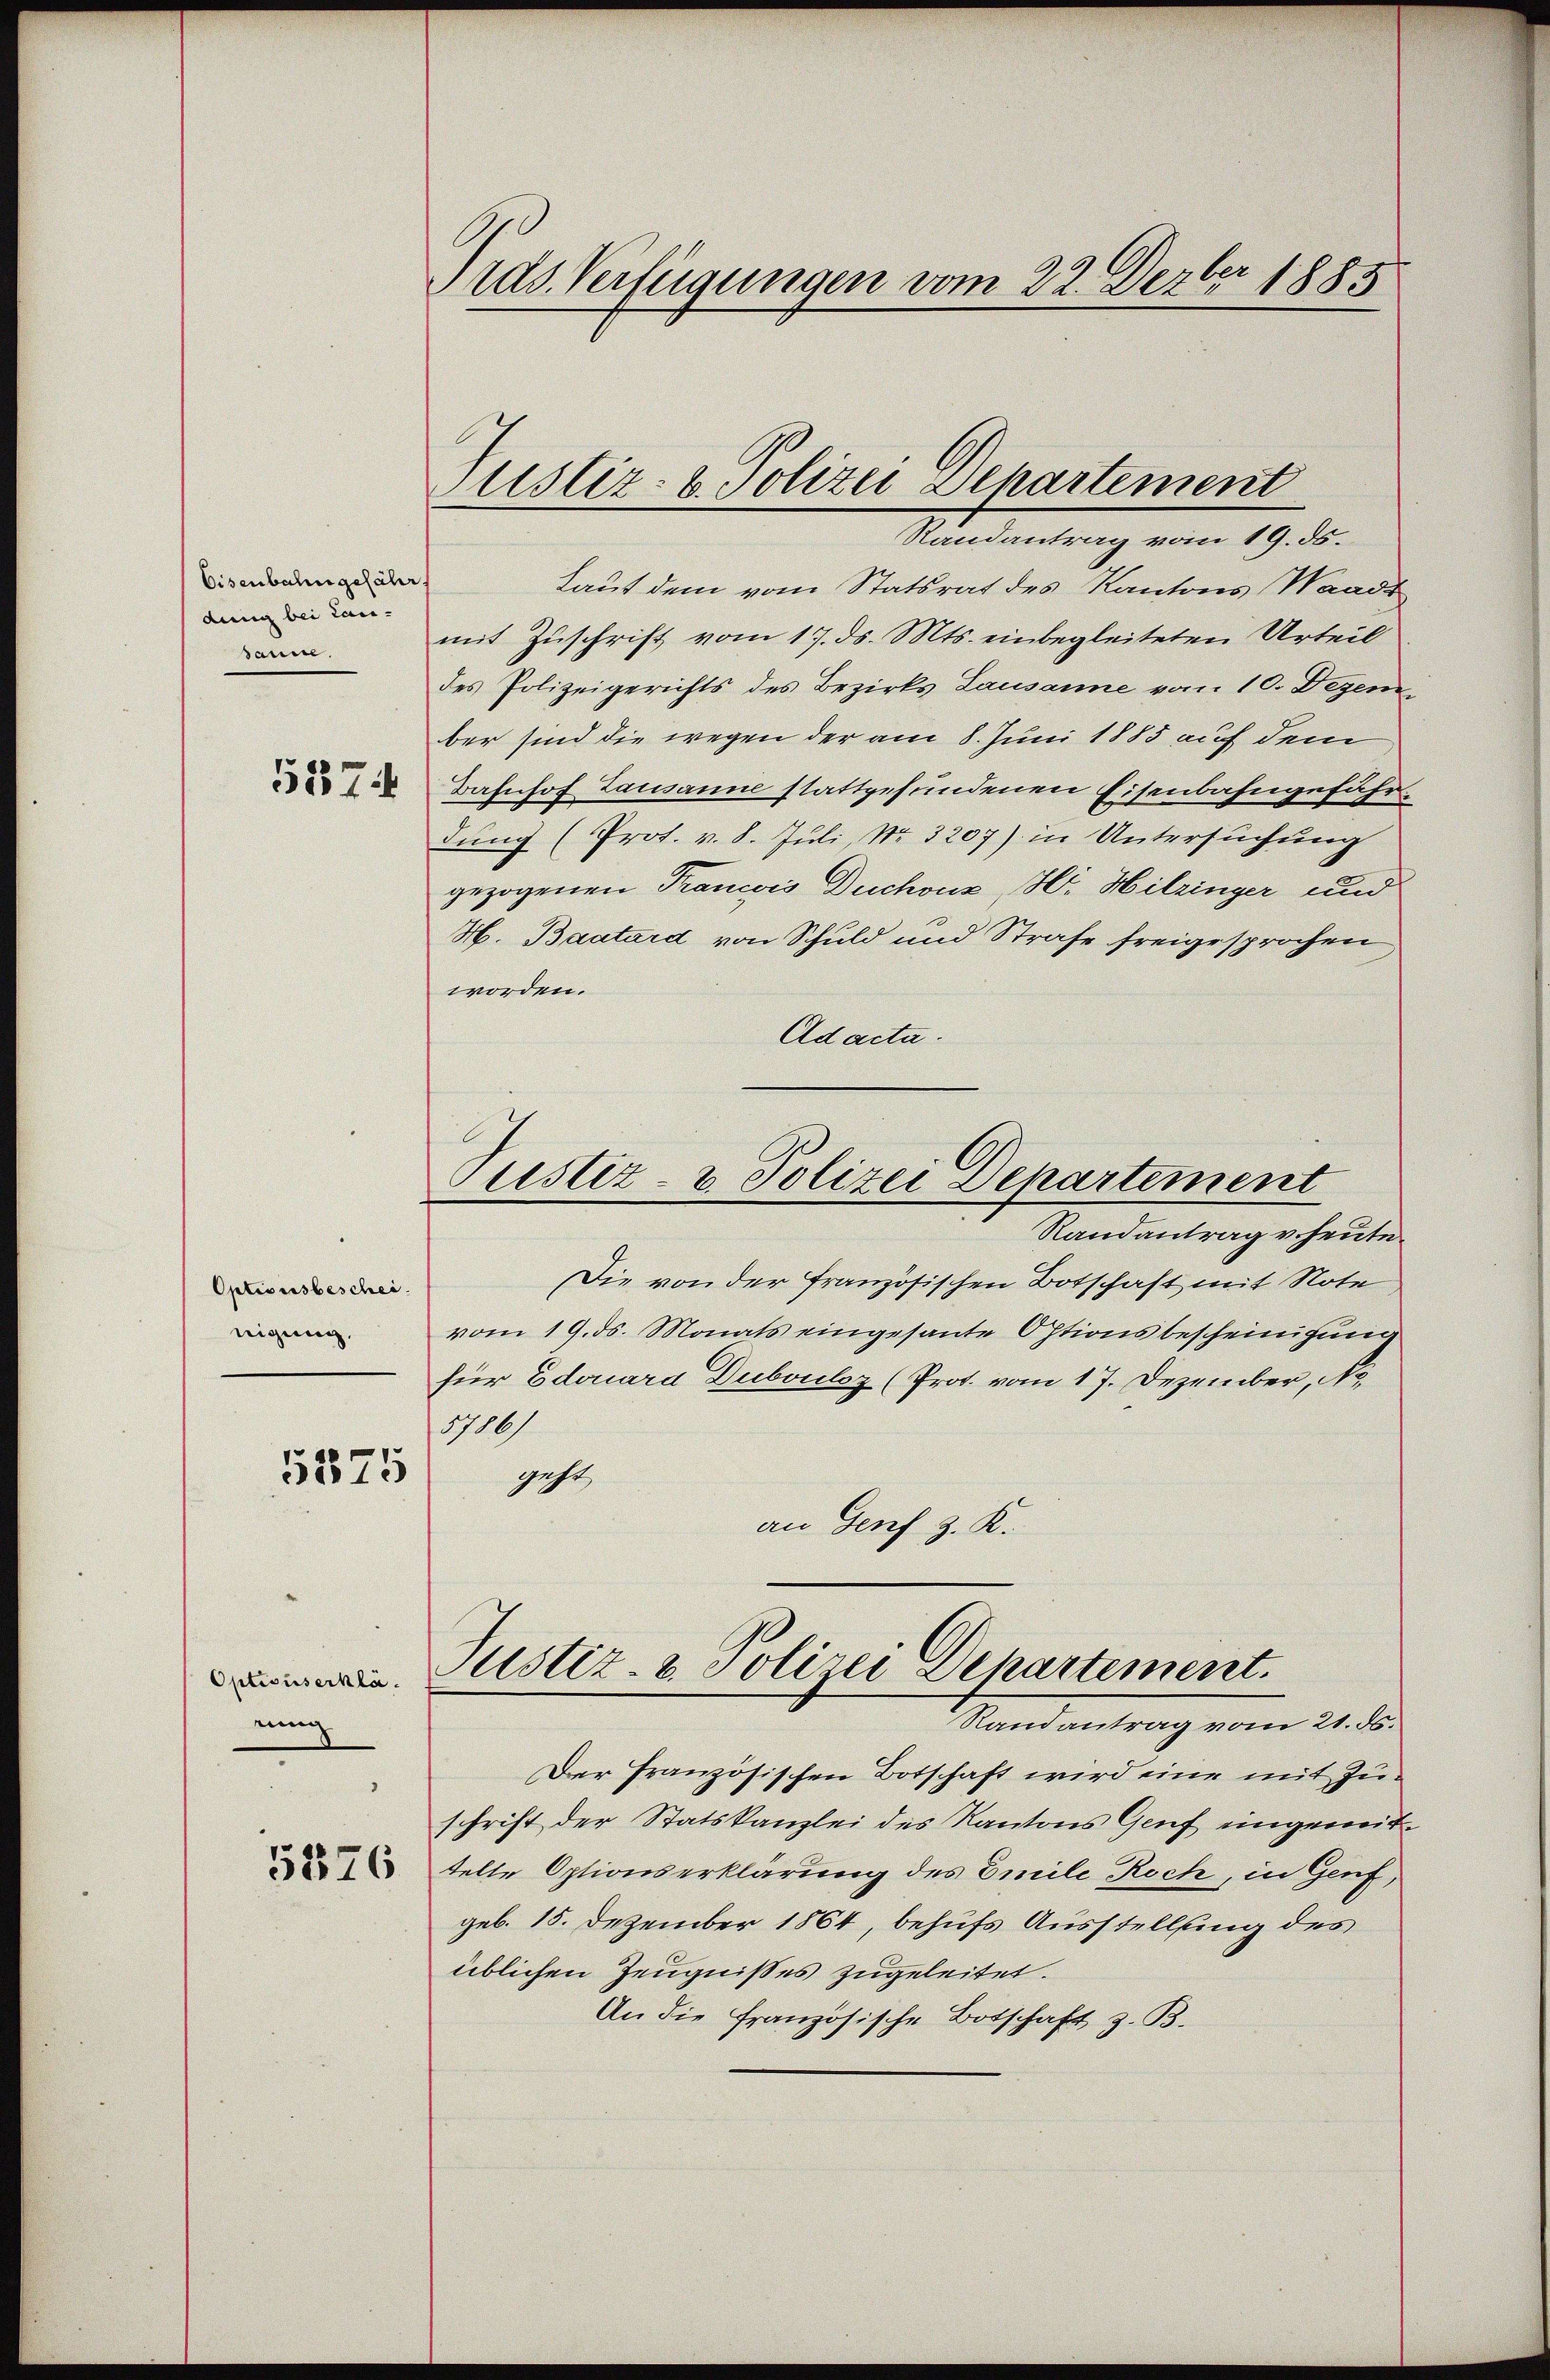
Eisenbahn gefähr
dung bei Lansauce.
5374

Optionsbeschei
nigung.

5375

Optisuserklänung

5376

rds. Verfügungen vom 22. Dezbr 1885

¬

Ristiz- & Polizei Departement
Randantrag vom 19. ds.

Pustiz- & Polizei Departement

Laut dem vom Statsrat des Kantons Waadt
mit Zuschrift vom 17. ds. Mts. einbegleiteten Urteil
des Polizeigerichts des Bezirks Lausanne vom 10. Dezem
ber sind die wegen der am 8. Juni 1883 auf dem
Bahnhof Lausanne stattgefundenen Eisenbahngefährdung (Prot. v. 8. Juli, Nr. 3207) in Untersuchung
gezogenen Trancois Duchoux, Hr. Hitzinger und
H. Baatard von Schuld und Strafe freigesprochen
worden.
Ad acta.
Randantrag v. heute.
Die von der französischen Botschaft mit Note
vom 19. ds. Monats eingesante Optionsbescheinigung
für Edouara Dubouloz (Prot. vom 17. Dezember, No.
1786.
geht,
an Genf z. K.
Justiz- & Polizei Departement.
Randantrag vom 21. ds.
Der französischen Botschaft wird eine mit Zuschrift der Statskanzlei des Kantons Genf eingewittelte Optionserklärung des Emile Roch, in Genf,
geb. 15. Dezember 1864, behufs Ausstellung des
üblichen Zeugnisses zugeleitet.
An die Französische Botschaft z. B.